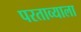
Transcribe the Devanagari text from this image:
परताव्याला